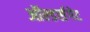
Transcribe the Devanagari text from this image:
ऑल्डर्सगेट